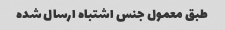
طبق معمول جنس اشتباه ارسال شده